Civil Veterinary Dept. Assam report 1927-50 - 1927-1950
Year: 1927
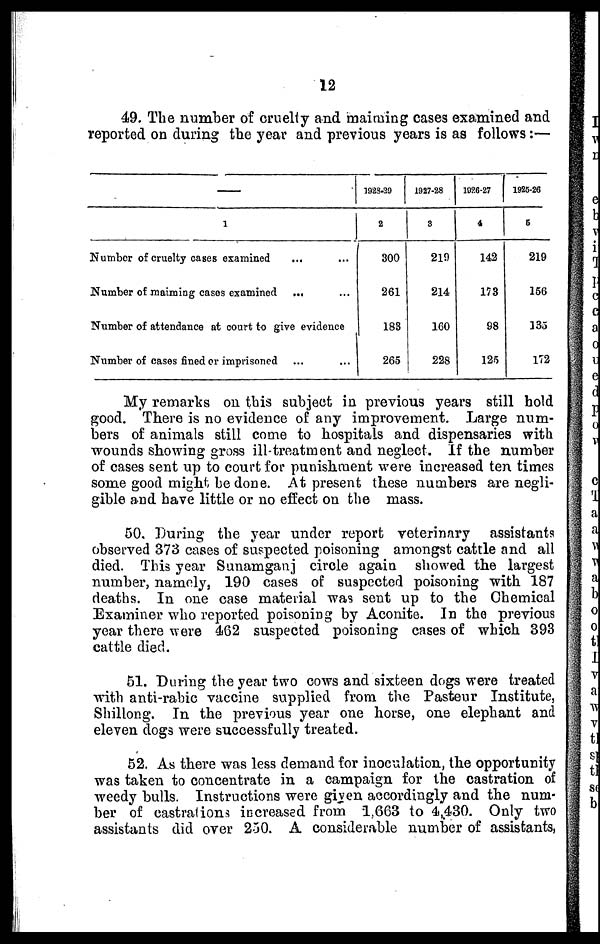
12
49. The number of cruelty and maiming cases examined and
reported on during the year and previous years is as follows:—
—
1
Number of cruelty cases examined ... ...
Number of maiming cases examined ... ...
Number of attendance at court to give evidence
Number of cases fined or imprisoned ... ...
1928-29
2
300
261
183
265
1927-28
3
219
214
160
228
1926-27
4
142
173
98
125
1925-26
5
219
156
135
172
My remarks on this subject in previous years still hold
good. There is no evidence of any improvement. Large num-
bers of animals still come to hospitals and dispensaries with
wounds showing gross ill treatment and neglect. If the number
of cases sent up to court for punishment were increased ten times
some good might be done. At present these numbers are negli-
gible and have little or no effect on the mass.
50, During the year under report veterinary assistants
observed 373 cases of suspected poisoning amongst cattle and all
died. This year Sunamganj circle again showed the largest
number, namely, 190 cases of suspected poisoning with 187
deaths. In one case material was sent up to the Chemical
Examiner who reported poisoning by Aconite. In the previous
year there were 462 suspected poisoning cases of which 393
cattle died.
61. During the year two cows and sixteen dogs were treated
with anti-rabic vaccine supplied from the Pasteur Institute,
Shillong. In the previous year one horse, one elephant and
eleven dogs were successfully treated.
52. As there was less demand for inoculation, the opportunity
was taken to concentrate in a campaign for the castration of
weedy bulls. Instructions were given accordingly and the num-
ber of castrations increased from 1,663 to 4,430. Only two
assistants did over 250. A considerable number of assistants,